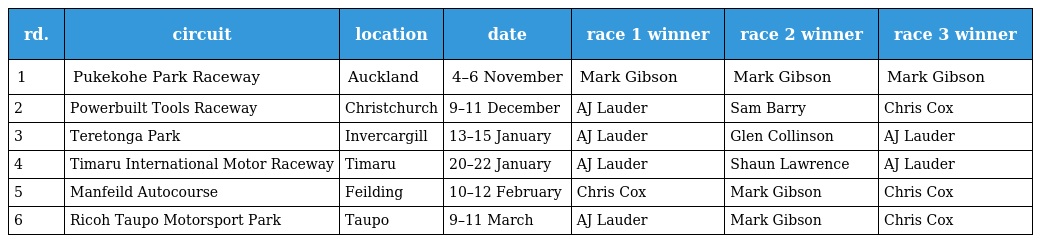
| rd. | circuit | location | date | race 1 winner | race 2 winner | race 3 winner |
 | --- | --- | --- | --- | --- | --- | --- |
 | 1 | Pukekohe Park Raceway | Auckland | 4–6 November | Mark Gibson | Mark Gibson | Mark Gibson |
 | 2 | Powerbuilt Tools Raceway | Christchurch | 9–11 December | AJ Lauder | Sam Barry | Chris Cox |
 | 3 | Teretonga Park | Invercargill | 13–15 January | AJ Lauder | Glen Collinson | AJ Lauder |
 | 4 | Timaru International Motor Raceway | Timaru | 20–22 January | AJ Lauder | Shaun Lawrence | AJ Lauder |
 | 5 | Manfeild Autocourse | Feilding | 10–12 February | Chris Cox | Mark Gibson | Chris Cox |
 | 6 | Ricoh Taupo Motorsport Park | Taupo | 9–11 March | AJ Lauder | Mark Gibson | Chris Cox |